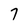
Character: 7